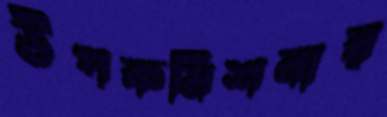
উপকমিশনার